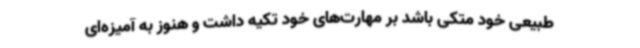
طبیعی خود متکی باشد بر مهارت‌های خود تکیه داشت و هنوز به آمیزه‌ای